Calcutta medical institutions reports 1871-78
Year: 1871
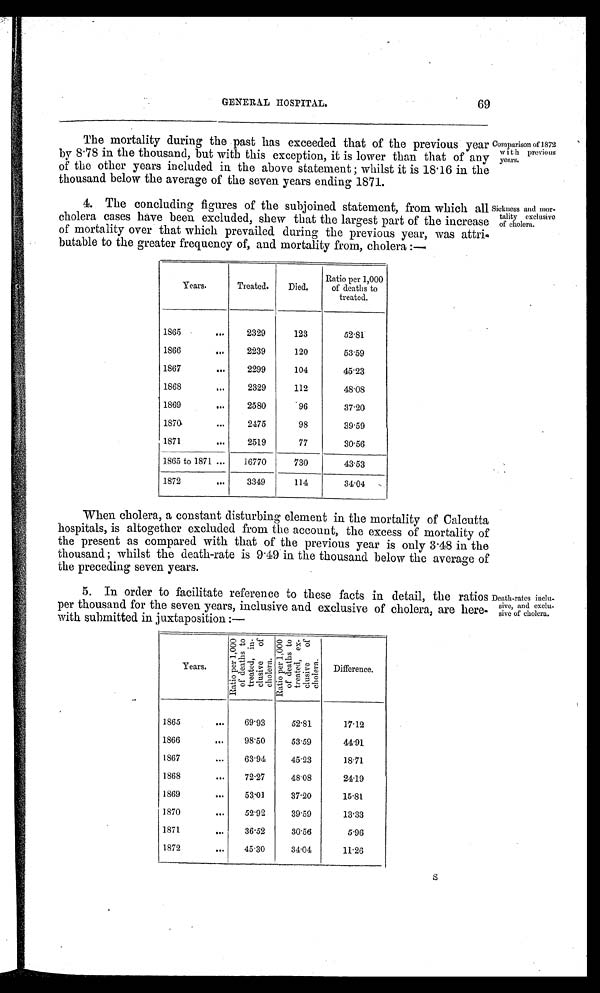
GENERAL HOSPITAL.
69
The mortality during the past has exceeded that of the previous year
by 8 . 78 in the thousand, but with this exception, it is lower than that of any
of the other years included in the above statement ; whilst it is 18 . 16 in the
thousand below the average of the seven y ears ending 1871.
4. The concluding figures of the subjoined statement, from which all
cholera cases have been excluded, s p ew that the largest part of the increase
of mortality over that which prevailed_ during the previous year, was attri.
butable to the greater frequency of, and mortality from, cholera :-
Years.
Treated.
Died.
Ratio per 1,000
of deaths to
treated.
1865
...
2329
123
52.81
1866
2239
120
53.59
1867
...
2299
104
45'23
1868
2329
112
48.08
1869
...
2580
.96
3720
1870. ...
2475
98
39.59
1871
...
2519
77
30.56
1865 to 1871 ...
16770
730
43.53
1872
...
3349
114
34.04
-
Comparison of 3.872
with previous
years.
Sickness and mor-
tality exclusive
of cholera.
When cholera, a constant disturbing element in the mortality of Calcutta
hospitals, is altogether excluded from the account, the excess of mortality of
the present as compared with that of the previous year is only 3'48 in the
thousand ; whilst the death-rate is 9'49 in the thousand below the average of
the preceding seven years.
5. In order to facilitate reference to these facts in detail, the ratios
per thousand for the seven years, inclusive and exclusive of cholera, are here-
with submitted in juxtaposition :-
Years.
R a t i o p e r 1 , 0 0 0 o f d e a t h s t o t r e a t e d , i n - c l u s i v e o f c h o l e r a
Ra t i o p e r 1 , 0 0 0 o f d e a t h s t o t r e a t e d e x - c l u s i v e o f c h o l e r a
Difference.
1865
...
69'93
52.81
17.12
1866
...
98'50
53.69
41.91
1867
63'94
45.23
18.71
1868
...
72.27
48.08
24.19
1869
53.'01
37.20
15.81
1870
...
62.92
39.59
13'33
1871
,..
36.52
30.56
5'96
1872
...
45.30
34.04
11.26
Death-rates inclit-
sive, and exclu-
sive of cholera.